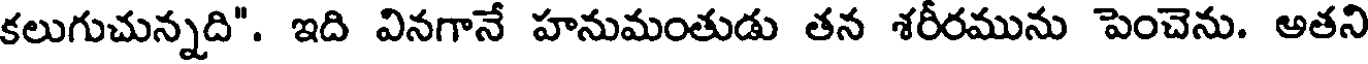
కలుగుచున్నది". ఇది వినగానే హనుమంతుడు తన శరీరమును పెంచెను. అతని